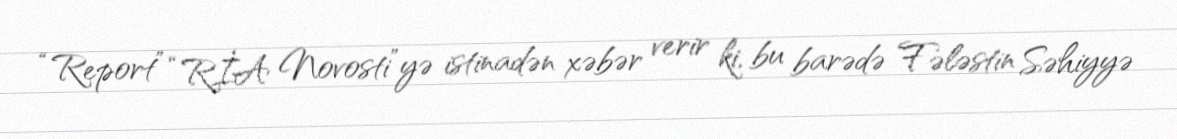
“Report” “RİA Novosti”yə istinadən xəbər verir ki, bu barədə Fələstin Səhiyyə